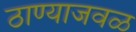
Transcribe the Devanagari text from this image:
ठाण्याजवळ